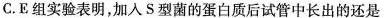
C.E组实验表明，加入S型菌的蛋白质后试管中长出的还是